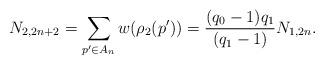
LaTeX: \begin{align*}N_{2,2n+2} &= \sum_{p' \in A_n} w(\rho_2(p'))= \frac{(q_0-1)q_1}{(q_1-1)}N_{1,2n} .\end{align*}